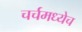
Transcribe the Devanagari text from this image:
चर्चमध्येच